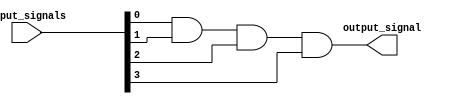
module four_input_and_gate (
    input [3:0] input_signals,
    output output_signal
);

assign output_signal = (input_signals[0] & input_signals[1] & input_signals[2] & input_signals[3]);

endmodule